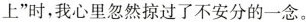
飘到了地上”时，我心里忽然掠过了不安分的一念。